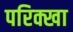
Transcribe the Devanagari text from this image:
परिक्खा